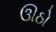
ઊઠો